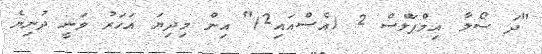
"ދަ ސޯލާ އިމްޕަލްސް 2 (އެސްއައި2)" އިން މިދިޔަ އަހަރު ވަނީ ދުނިޔެ